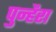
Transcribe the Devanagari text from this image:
पुन्हैरा